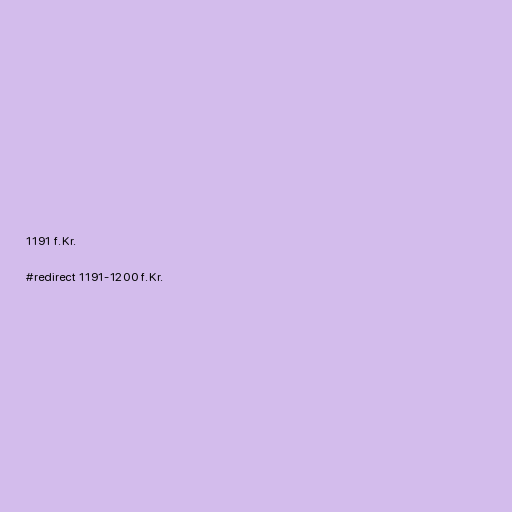
1191 f.Kr.

#redirect 1191-1200 f.Kr.